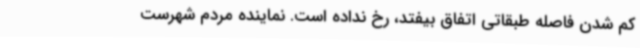
کم شدن فاصله طبقاتی اتفاق بیفتد، رخ نداده است. نماینده مردم شهرست